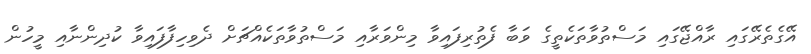
އޭގެތެރޭގައި ރާއްޖޭގައި މަސްތުވާތަކެތީގެ ވަބާ ފެތުރިފައިވާ މިންވަރާއި މަސްތުވާތަކެއްޗަށް ދެވިހިފާފައިވާ ކުދިންނާއި މީހުން